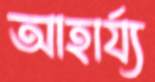
আহার্য্য